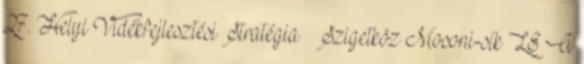
27. Helyi Vidékfejlesztési Stratégia – Szigetköz Mosoni-sík LE A